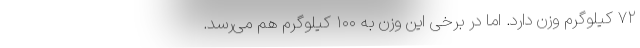
۷۲ کیلوگرم وزن دارد. اما در برخی این وزن به ۱۰۰ کیلوگرم هم می‌رسد.